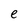
Character: e